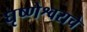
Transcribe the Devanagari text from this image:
घृष्णेश्वराचे